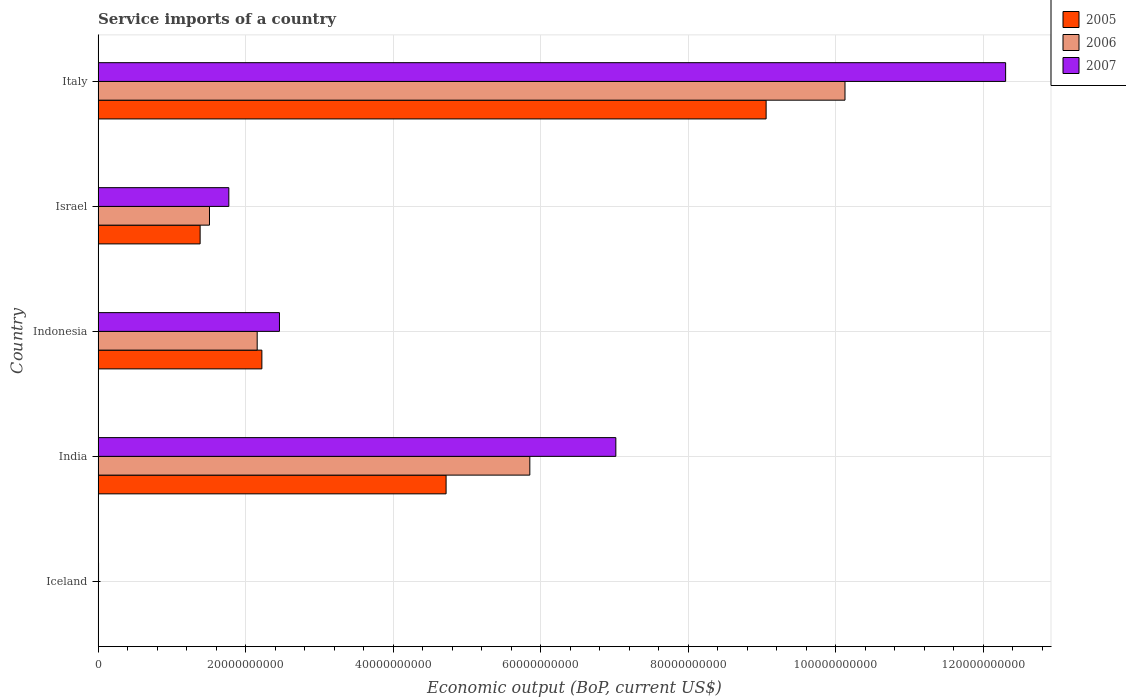
| Country | 2005 | 2006 | 2007 |
 | --- | --- | --- | --- |
 | Iceland | 1.32e+07 | 2.89e+07 | 5.9e+07 |
 | India | 4.72e+10 | 5.85e+10 | 7.02e+10 |
 | Indonesia | 2.22e+10 | 2.16e+10 | 2.46e+10 |
 | Israel | 1.38e+10 | 1.51e+10 | 1.77e+10 |
 | Italy | 9.05e+10 | 1.01e+11 | 1.23e+11 |